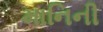
માનિની